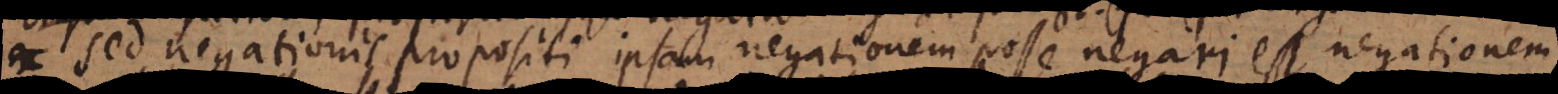
sed negationis propositi ipsam negationem posse negari est negationem